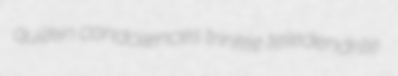
quilkin condolences trinkle teledendrite